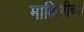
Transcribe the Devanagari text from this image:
माळिणीच्या